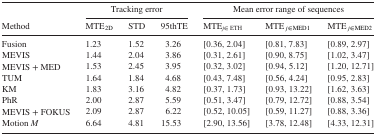
| <ROWSPAN=2> Method | <COLSPAN=3> Tracking error | <COLSPAN=3> Mean error range of sequences |
 | MTE2D | STD | 95thTE | MTEj∈ ETH | MTEj∈ MED1 | MTEj∈ MED2 |
 | --- | --- | --- | --- | --- | --- | --- |
 | Fusion | 1.23 | 1.52 | 3.26 | [0.36, 2.04] | [0.81, 7.83] | [0.89, 2.97] |
 | MEVIS | 1.44 | 2.04 | 3.86 | [0.31, 2.61] | [0.90, 8.75] | [1.02, 3.47] |
 | MEVIS+MED | 1.53 | 2.45 | 3.95 | [0.32, 3.02] | [0.94, 5.12] | [1.20, 12.71] |
 | TUM | 1.64 | 1.84 | 4.68 | [0.43, 7.48] | [0.56, 4.24] | [0.95, 2.83] |
 | KM | 1.83 | 3.16 | 4.82 | [0.37, 1.73] | [0.93, 13.22] | [1.62, 3.63] |
 | PhR | 2.00 | 2.87 | 5.59 | [0.51, 3.47] | [0.79, 12.72] | [0.88, 3.54] |
 | MEVIS+FOKUS | 2.09 | 2.87 | 6.22 | [0.52, 10.05] | [0.59, 11.27] | [0.88, 3.36] |
 | Motion M | 6.64 | 4.81 | 15.53 | [2.90, 13.56] | [3.78, 12.48] | [4.33, 12.31] |